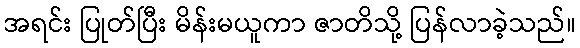
အရင်း ပြုတ်ပြီး မိန်းမယူကာ ဇာတိသို့ ပြန်လာခဲ့သည်။